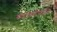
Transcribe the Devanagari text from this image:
सोहंध्वनीपासून